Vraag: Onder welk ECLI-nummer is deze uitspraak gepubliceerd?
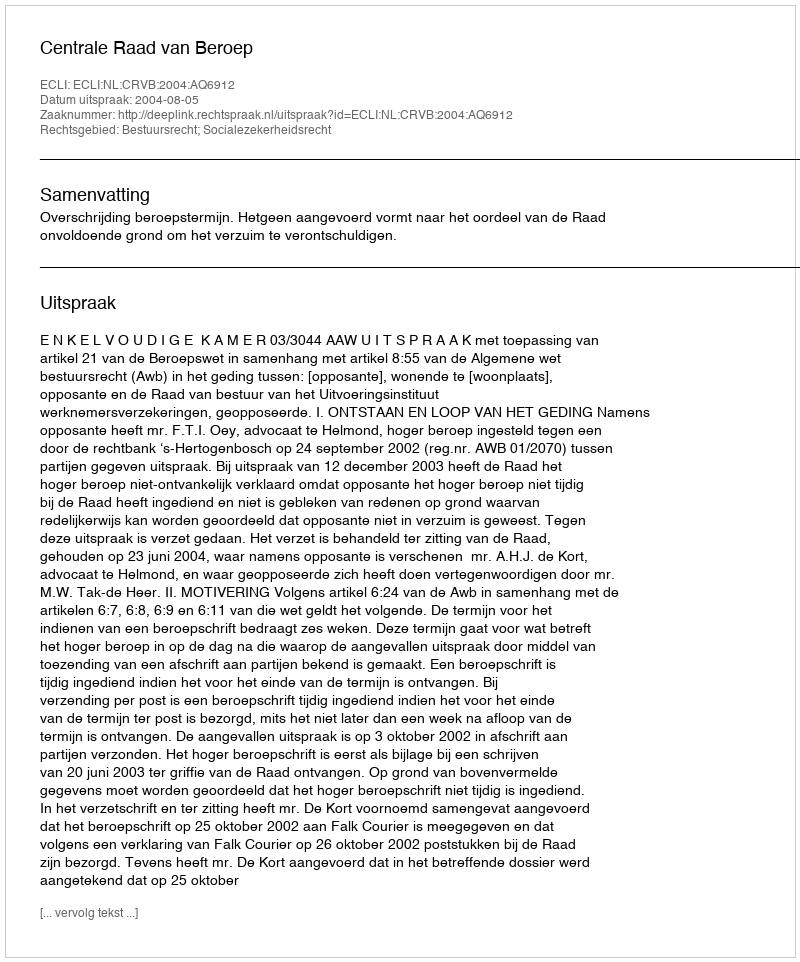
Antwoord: ECLI:NL:CRVB:2004:AQ6912